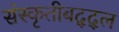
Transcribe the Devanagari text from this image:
संस्कृतीबद्द्ल